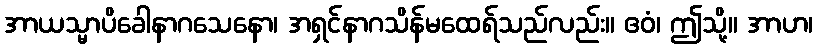
အာယသ္မာပိခေါနာဂသေနော၊ အရှင်နာဂသိန်မထေရ်သည်လည်း။ ဧဝံ၊ ဤသို့။ အာဟ၊